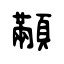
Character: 顢